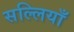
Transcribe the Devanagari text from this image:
सल्लियाँ